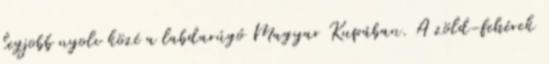
legjobb nyolc közé a labdarúgó Magyar Kupában. A zöld-fehérek